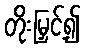
တိုးမြှင့်၍